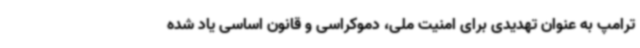
ترامپ به عنوان تهدیدی برای امنیت ملی، دموکراسی و قانون اساسی یاد شده